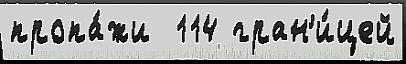
пропа́жи  114 гран'и́цей